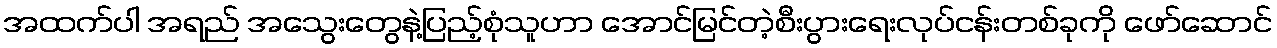
အထက်ပါ အရည် အသွေးတွေနဲ့ပြည့်စုံသူဟာ အောင်မြင်တဲ့စီးပွားရေးလုပ်ငန်းတစ်ခုကို ဖော်ဆောင်